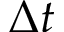
\Delta t